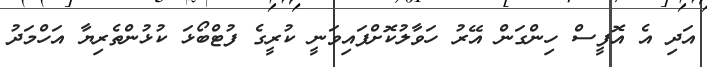
އަދި އެ އޮފީސް ހިންގަން އޭރު ހަވާލުކޮށްފައިވަނީ ކުރީގެ ފުޓްބޯޅަ ކުޅުންތެރިޔާ އަހްމަދު